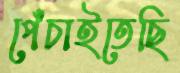
পেঁচাইতেছি